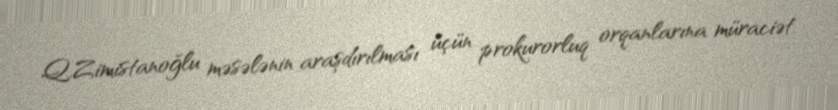
Q.Zimistanoğlu məsələnin araşdırılması üçün prokurorluq orqanlarına müraciət